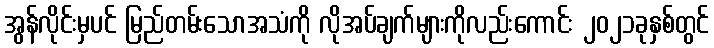
အွန်လိုင်းမှပင် မြည်တမ်းသောအသံကို လိုအပ်ချက်များကိုလည်းကောင်း ၂၀၂၁ခုနှစ်တွင်